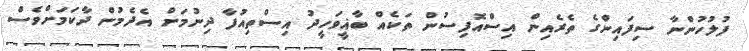
ފުލުހުންނާ ސިފައިންގެ ތެރެއިން އިސްއޮފިސުން ތަކެއް ބާޣީވަހީދު އިސްތިއުފާ ދިނުމަށް އެދެމުން ދާކަމަށްވެސް